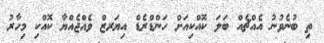
ތި ބުނެވުނު އެއްޗެއް ބަލަ ކޮއްކިއަށް ހަންޑްރެޑް އިޔަރޒް ވެއްޖެއްޔާ ކޮއްކި މިހާރު